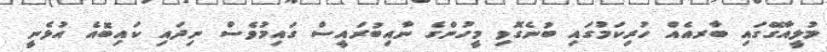
މުލީއާގޭގައި ބާރއެއް ހުރިކަމުގައި ބުނެގޮވި މީހުންގެ ނާއިބުރައީސް ގައިމުވެސް ނިދައި ކައިބޮއެ އުޅެނީ